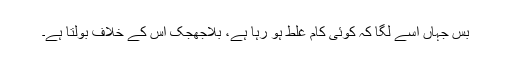
بس جہاں اسے لگا کہ کوئی کام غلط ہو رہا ہے، بلاجھجک اس کے خلاف بولتا ہے۔